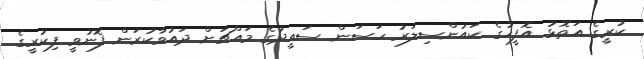
ކުރީގެ އަތޮޅު އޮފީހުގެ ކައުންސިލަރު ހަސަން ސައީދުގެ މައްޗަށް ދައުވާކުރަން ފޮނުވީ ފިކުރީގެ